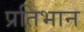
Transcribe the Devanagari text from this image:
प्रतिभान